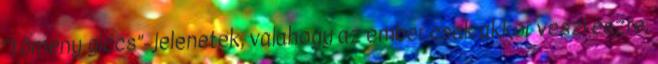
“tömény giccs”-jelenetek, valahogy az ember csak akkor veszi észre,